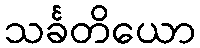
သင်္ခတိယော